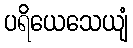
ပရိယေသေယျံ